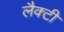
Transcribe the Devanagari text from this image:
लैक्टी